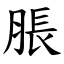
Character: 脹